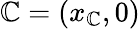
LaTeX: \mathbb{C}=\left(x_{\mathbb{C}},0\right)